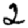
Digit: 2